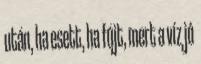
után, ha esett, ha fújt, mert a víz jó